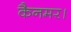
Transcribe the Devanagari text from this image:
कैनमर।